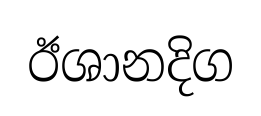
ඊශානදිග